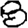
Digit: 8